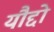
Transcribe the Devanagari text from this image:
यौद्दो